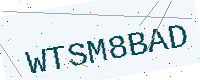
Text: WTSM8BAD